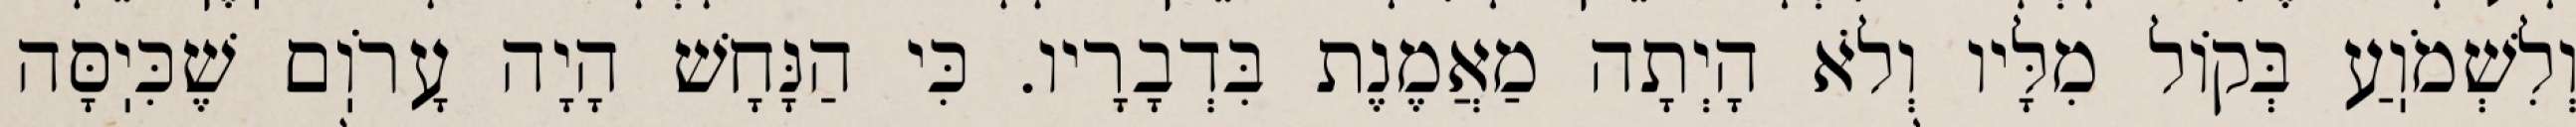
וְלִשְׁמֹוֽעַ בְּקוֹל מִלָּיו וְלֹא הָיְתָה מַאֲמֶנֶת בִּדְבָרָיו. כִּי הַנָּחָשׁ הָיָה עָרֹוֽם שֶׁכִּיֽסָּה